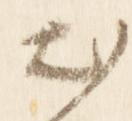
出